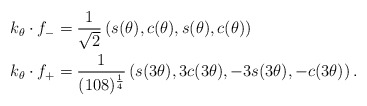
\begin{align*} k_\theta \cdot f_- &= \frac{1}{\sqrt{2}}\left(s(\theta), c(\theta), s(\theta), c(\theta) \right)\\ k_\theta \cdot f_+ &= \frac{1}{(108)^{\frac{1}{4}}}\left(s(3\theta), 3c(3\theta), -3 s(3\theta), -c(3\theta)\right). \end{align*}